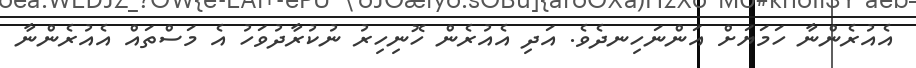
އެއުރެންނާ ހަމަޔަށް އަންނަހިނދެވެ. އަދި އެއުރެން ހޮނިހިރު ނުކުރާދުވަހު އެ މަސްތައް އެއުރެންނާ